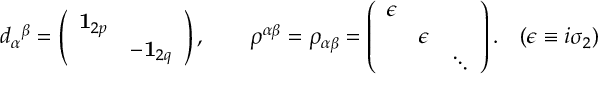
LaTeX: d _ { \alpha } { } ^ { \beta } = \left( \begin{array} { l l } { { { \bf { 1 } } _ { 2 p } } } & { { } } \\ { { } } & { { - { \bf { 1 } } _ { 2 q } } } \end{array} \right) , \qquad \rho ^ { \alpha \beta } = \rho _ { \alpha \beta } = \left( \begin{array} { l l l } { { \epsilon } } & { { } } & { { } } \\ { { } } & { { \epsilon } } & { { } } \\ { { } } & { { } } & { { \ddots } } \end{array} \right) . \quad ( \epsilon \equiv i \sigma _ { 2 } )